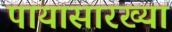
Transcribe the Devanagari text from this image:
पायासारख्या